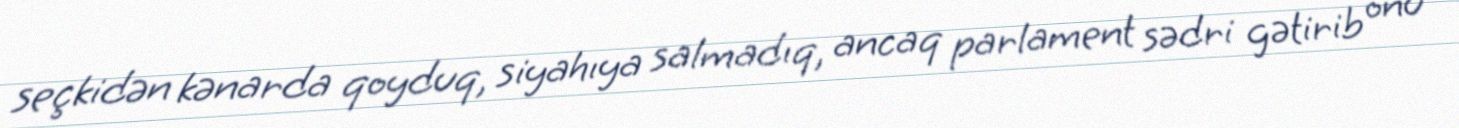
seçkidən kənarda qoyduq, siyahıya salmadıq, ancaq parlament sədri gətirib onu